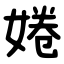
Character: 婘